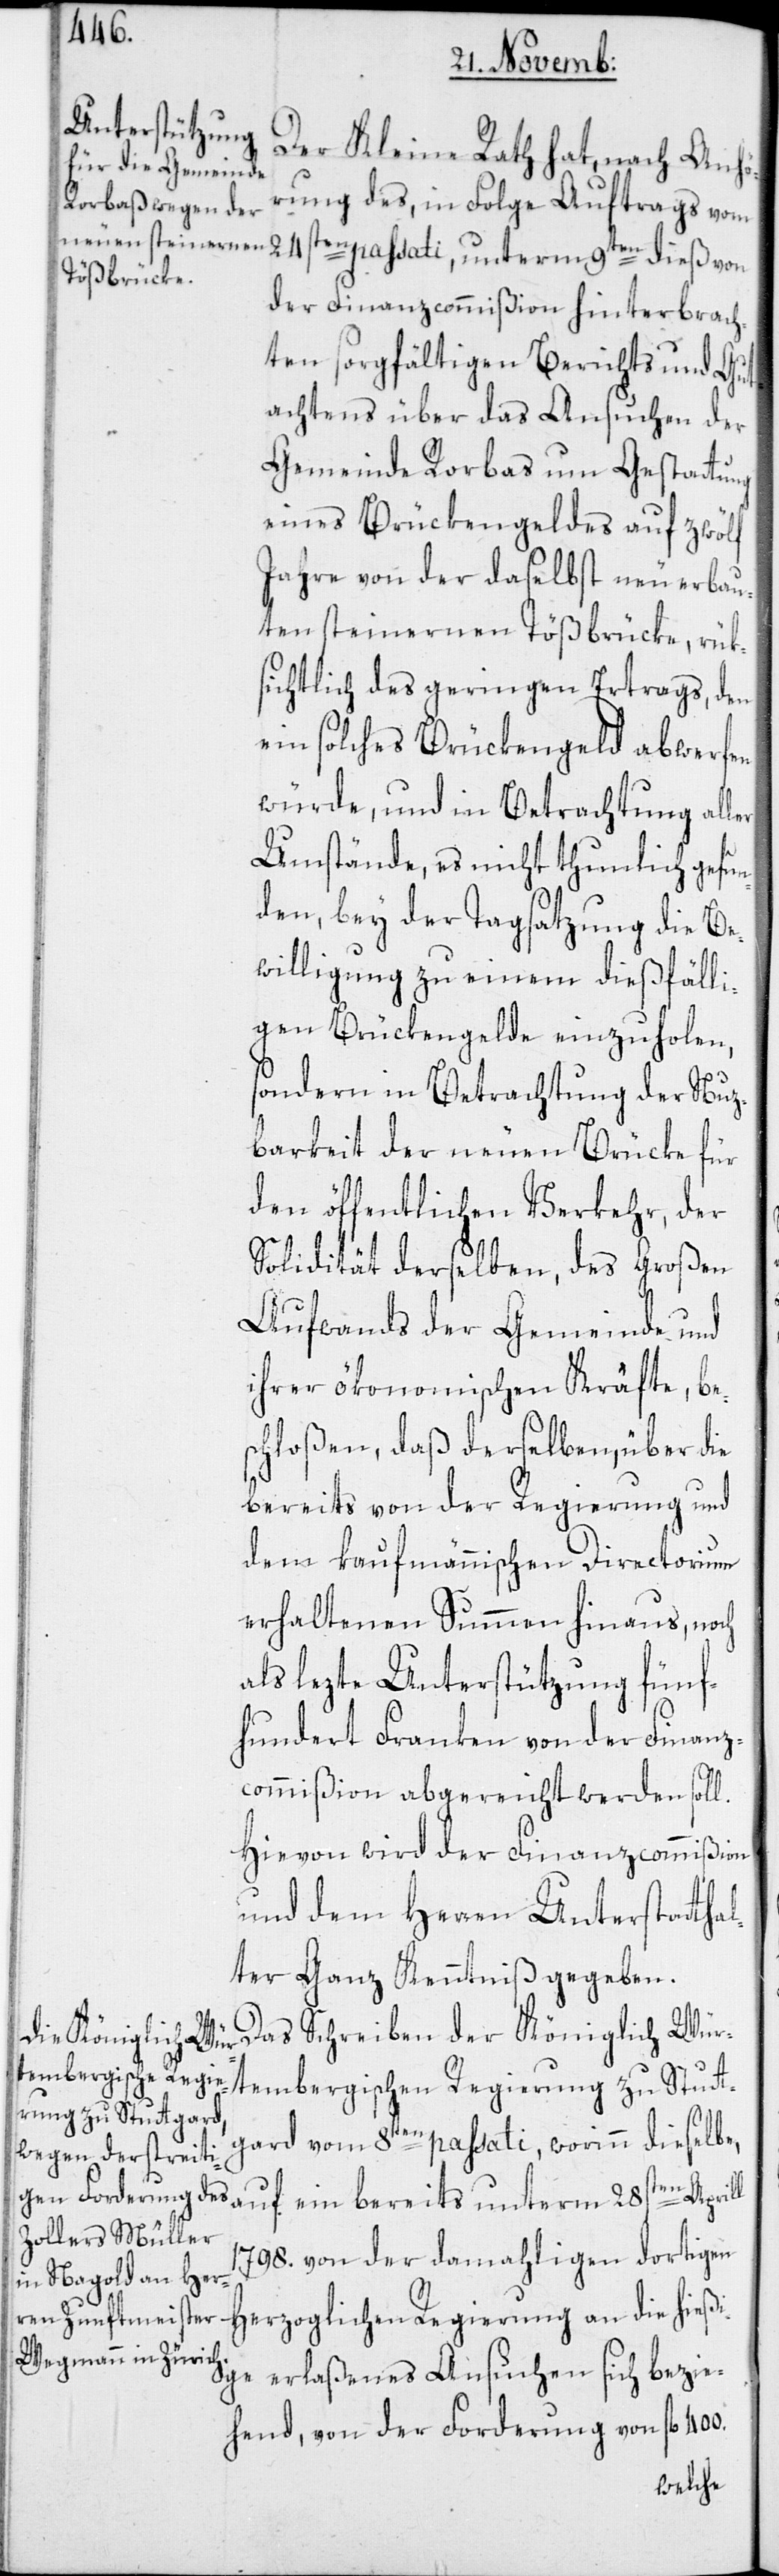
Der Kleine Rath hat, nach Anhö¬
rung des, in Folge Auftrags vom
24sten passati, unterm 9ten dieß von
der Finanzcommißion hinterbrach¬
ten sorgfältigen Berichts und Gut¬
achtens über das Ansuchen der
Gemeinde Rorbas um Gestattung
eines Brückengeldes auf zwölf
Jahre von der daselbst neuerbau¬
ten steinernen Tößbrücke, rük¬
sichtlich des geringen Ertrags, den
ein solches Brückengeld abwerfen
würde, und in Betrachtung aller
Umstände, es nicht thunlich gefun¬
den, bey der Tagsatzung die Be¬
willigung zu einem dießfälli¬
gen Brückengelde einzuholen,
sondern in Betrachtung der Nuz¬
barkeit der neuen Brücke für
den öffentlichen Verkehr, der
Solidität derselben, des Großen
Aufwands der Gemeinde und
ihrer ökonomischen Kräfte, be¬
schloßen, daß derselben, über die
bereits von der Regierung und
dem kaufmännischen Directorium
erhaltenen Summen hinaus, noch
als lezte Unterstützung fünf¬
hundert Franken von der Finanz¬
commißion abgereicht werden soll.
Hievon wird der Finanzcommißion
und dem Herren Unterstatth¬
ter Ganz Kenntniß gegeben.
Das Schreiben der Königlich Wür¬
tembergischen Regierung zu Stutt¬
al¬
gard vom 8ten passati, worinn dieselbe,
auf ein bereits unterm 28sten Aprill
1798. von der damahligen dortigen
Herzoglichen Regierung an die hieß¬
ige erlaßenes Ansuchen sich bezie¬
hend, von der Forderung von fl.

400.